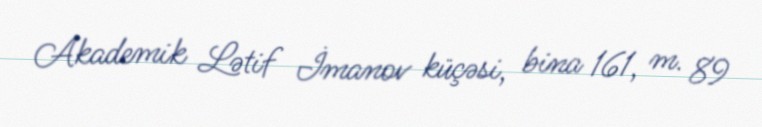
Akademik Lətif İmanov küçəsi, bina 161, m. 89